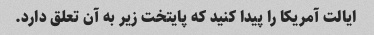
ایالت آمریکا را پیدا کنید که پایتخت زیر به آن تعلق دارد.